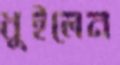
ধুইলেন